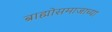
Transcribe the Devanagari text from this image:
ब्राह्मोसमाजाच्या